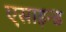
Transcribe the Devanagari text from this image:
एसाइन्ड